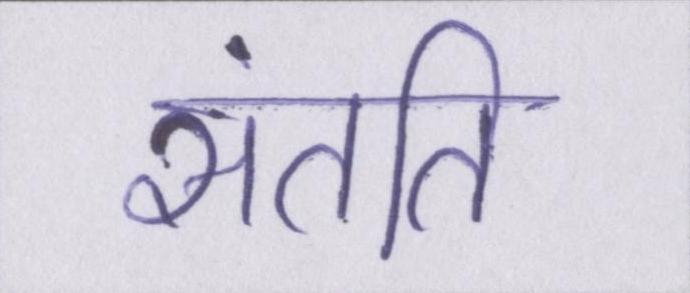
संतति